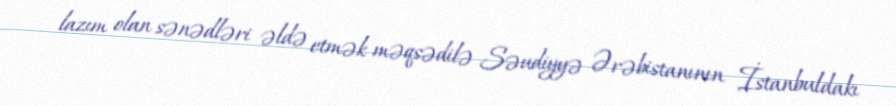
lazım olan sənədləri əldə etmək məqsədilə Səudiyyə Ərəbistanının İstanbuldakı